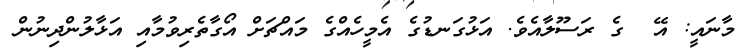
މާނައީ: އޭ  ގެ ރަސޫލާއެވެ. އަޅުގަނޑުގެ އެމީހެއްގެ މައްޗަށް އޯގާތެރިވުމާއި އަޅާލުންދިނުން